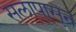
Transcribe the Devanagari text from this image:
सलापासून